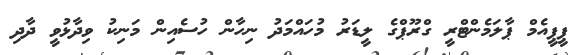
ޕީޕީއެމް ޕާލަމެންޓްރީ ގްރޫޕްގެ ލީޑަރު މުހައްމަދު ނިހާން ހުސެއިން މަނިކު ވިދާޅުވީ ދާދި